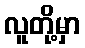
လူတို့မှာ